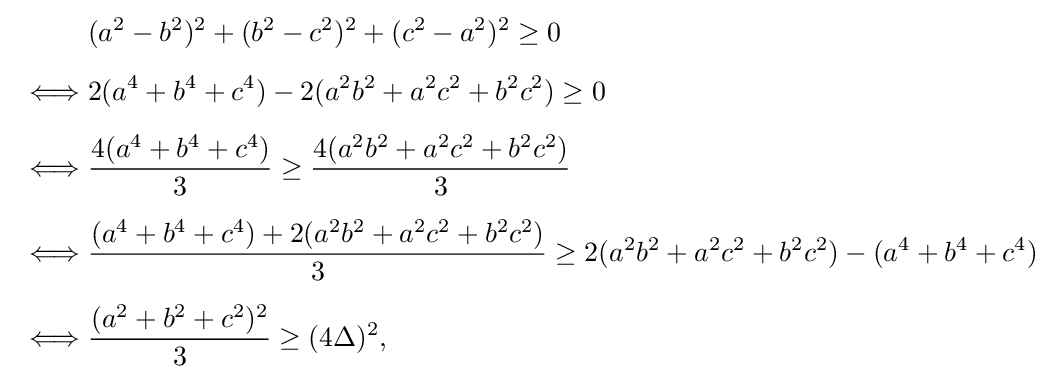
{\begin{aligned}{}&(a^{2}-b^{2})^{2}+(b^{2}-c^{2})^{2}+(c^{2}-a^{2})^{2}\geq 0\\[5pt]{}\iff &2(a^{4}+b^{4}+c^{4})-2(a^{2}b^{2}+a^{2}c^{2}+b^{2}c^{2})\geq 0\\[5pt]{}\iff &{\frac {4(a^{4}+b^{4}+c^{4})}{3}}\geq {\frac {4(a^{2}b^{2}+a^{2}c^{2}+b^{2}c^{2})}{3}}\\[5pt]{}\iff &{\frac {(a^{4}+b^{4}+c^{4})+2(a^{2}b^{2}+a^{2}c^{2}+b^{2}c^{2})}{3}}\geq 2(a^{2}b^{2}+a^{2}c^{2}+b^{2}c^{2})-(a^{4}+b^{4}+c^{4})\\[5pt]{}\iff &{\frac {(a^{2}+b^{2}+c^{2})^{2}}{3}}\geq (4\Delta )^{2},\end{aligned}}